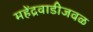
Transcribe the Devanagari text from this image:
महेंद्रवाडीजवळ